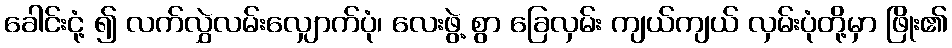
ခေါင်းငုံ့ ၍ လက်လွှဲလမ်းလျှောက်ပုံ၊ လေးဖွဲ့ စွာ ခြေလှမ်း ကျယ်ကျယ် လှမ်းပုံတို့မှာ ဖြိုး၏